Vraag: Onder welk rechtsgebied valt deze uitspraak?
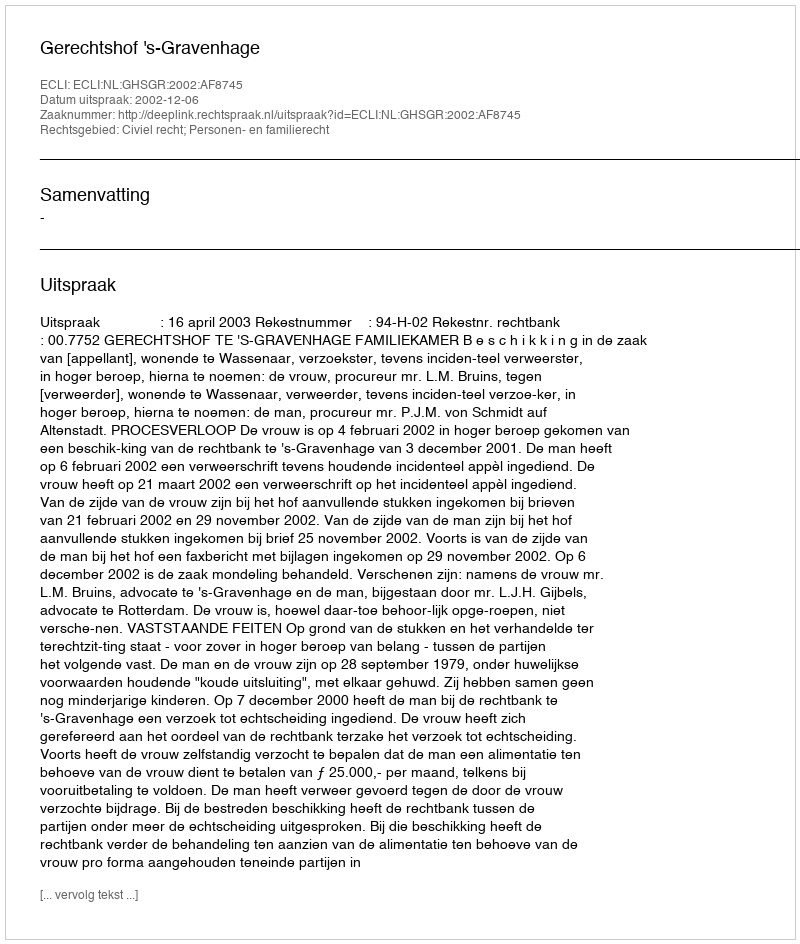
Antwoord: Civiel recht; Personen- en familierecht